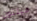
ميلتون